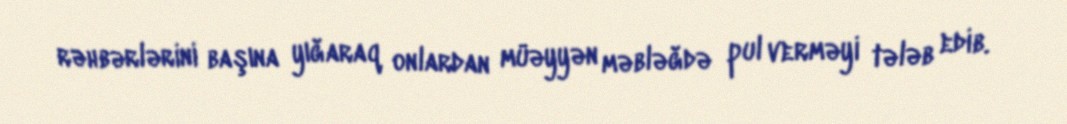
rəhbərlərini başına yığaraq onlardan müəyyən məbləğdə pul verməyi tələb edib.